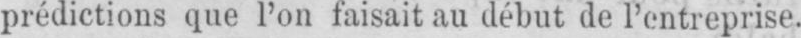
prédictions que l’on faisait au début de l’entreprise.